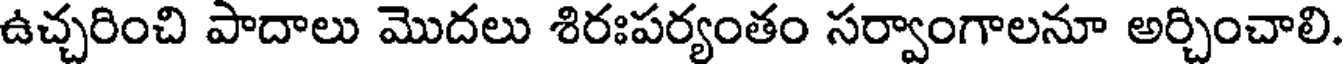
ఉచ్చరించి పాదాలు మొదలు శిరఃపర్యంతం సర్వాంగాలనూ అర్చించాలి.